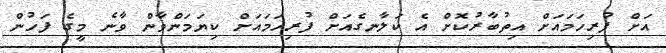
އަށް ފުރިހަމައަށް އިތުބާރުކޮށް އެ ކަލާނގެއަށް ފުރިހަމައަށް ކިޔަމަންވާން ވާނެ މީގެ ފަހުން